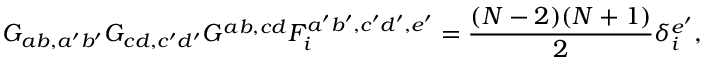
G _ { a b , a ^ { \prime } b ^ { \prime } } G _ { c d , c ^ { \prime } d ^ { \prime } } G ^ { a b , c d } F _ { i } ^ { a ^ { \prime } b ^ { \prime } , c ^ { \prime } d ^ { \prime } , e ^ { \prime } } = \frac { ( N - 2 ) ( N + 1 ) } { 2 } \delta _ { i } ^ { e ^ { \prime } } ,